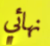
نهائي